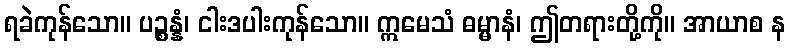
ရခဲကုန်သော။ ပဉ္စန္နံ၊ ငါးဒပါးကုန်သော။ ဣမေသံ ဓမ္မာနံ၊ ဤတရားတို့ကို။ အာယာစ န